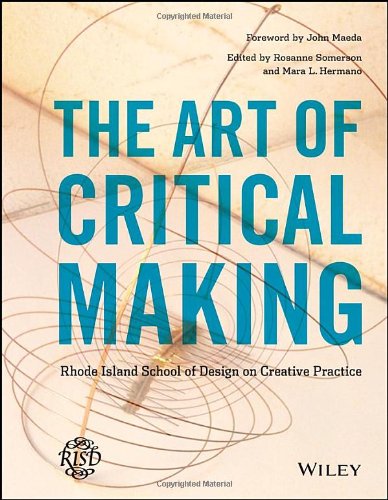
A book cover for The Art of Critical Making: Rhode Island School of Design on Creative Practice; Arts & Photography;